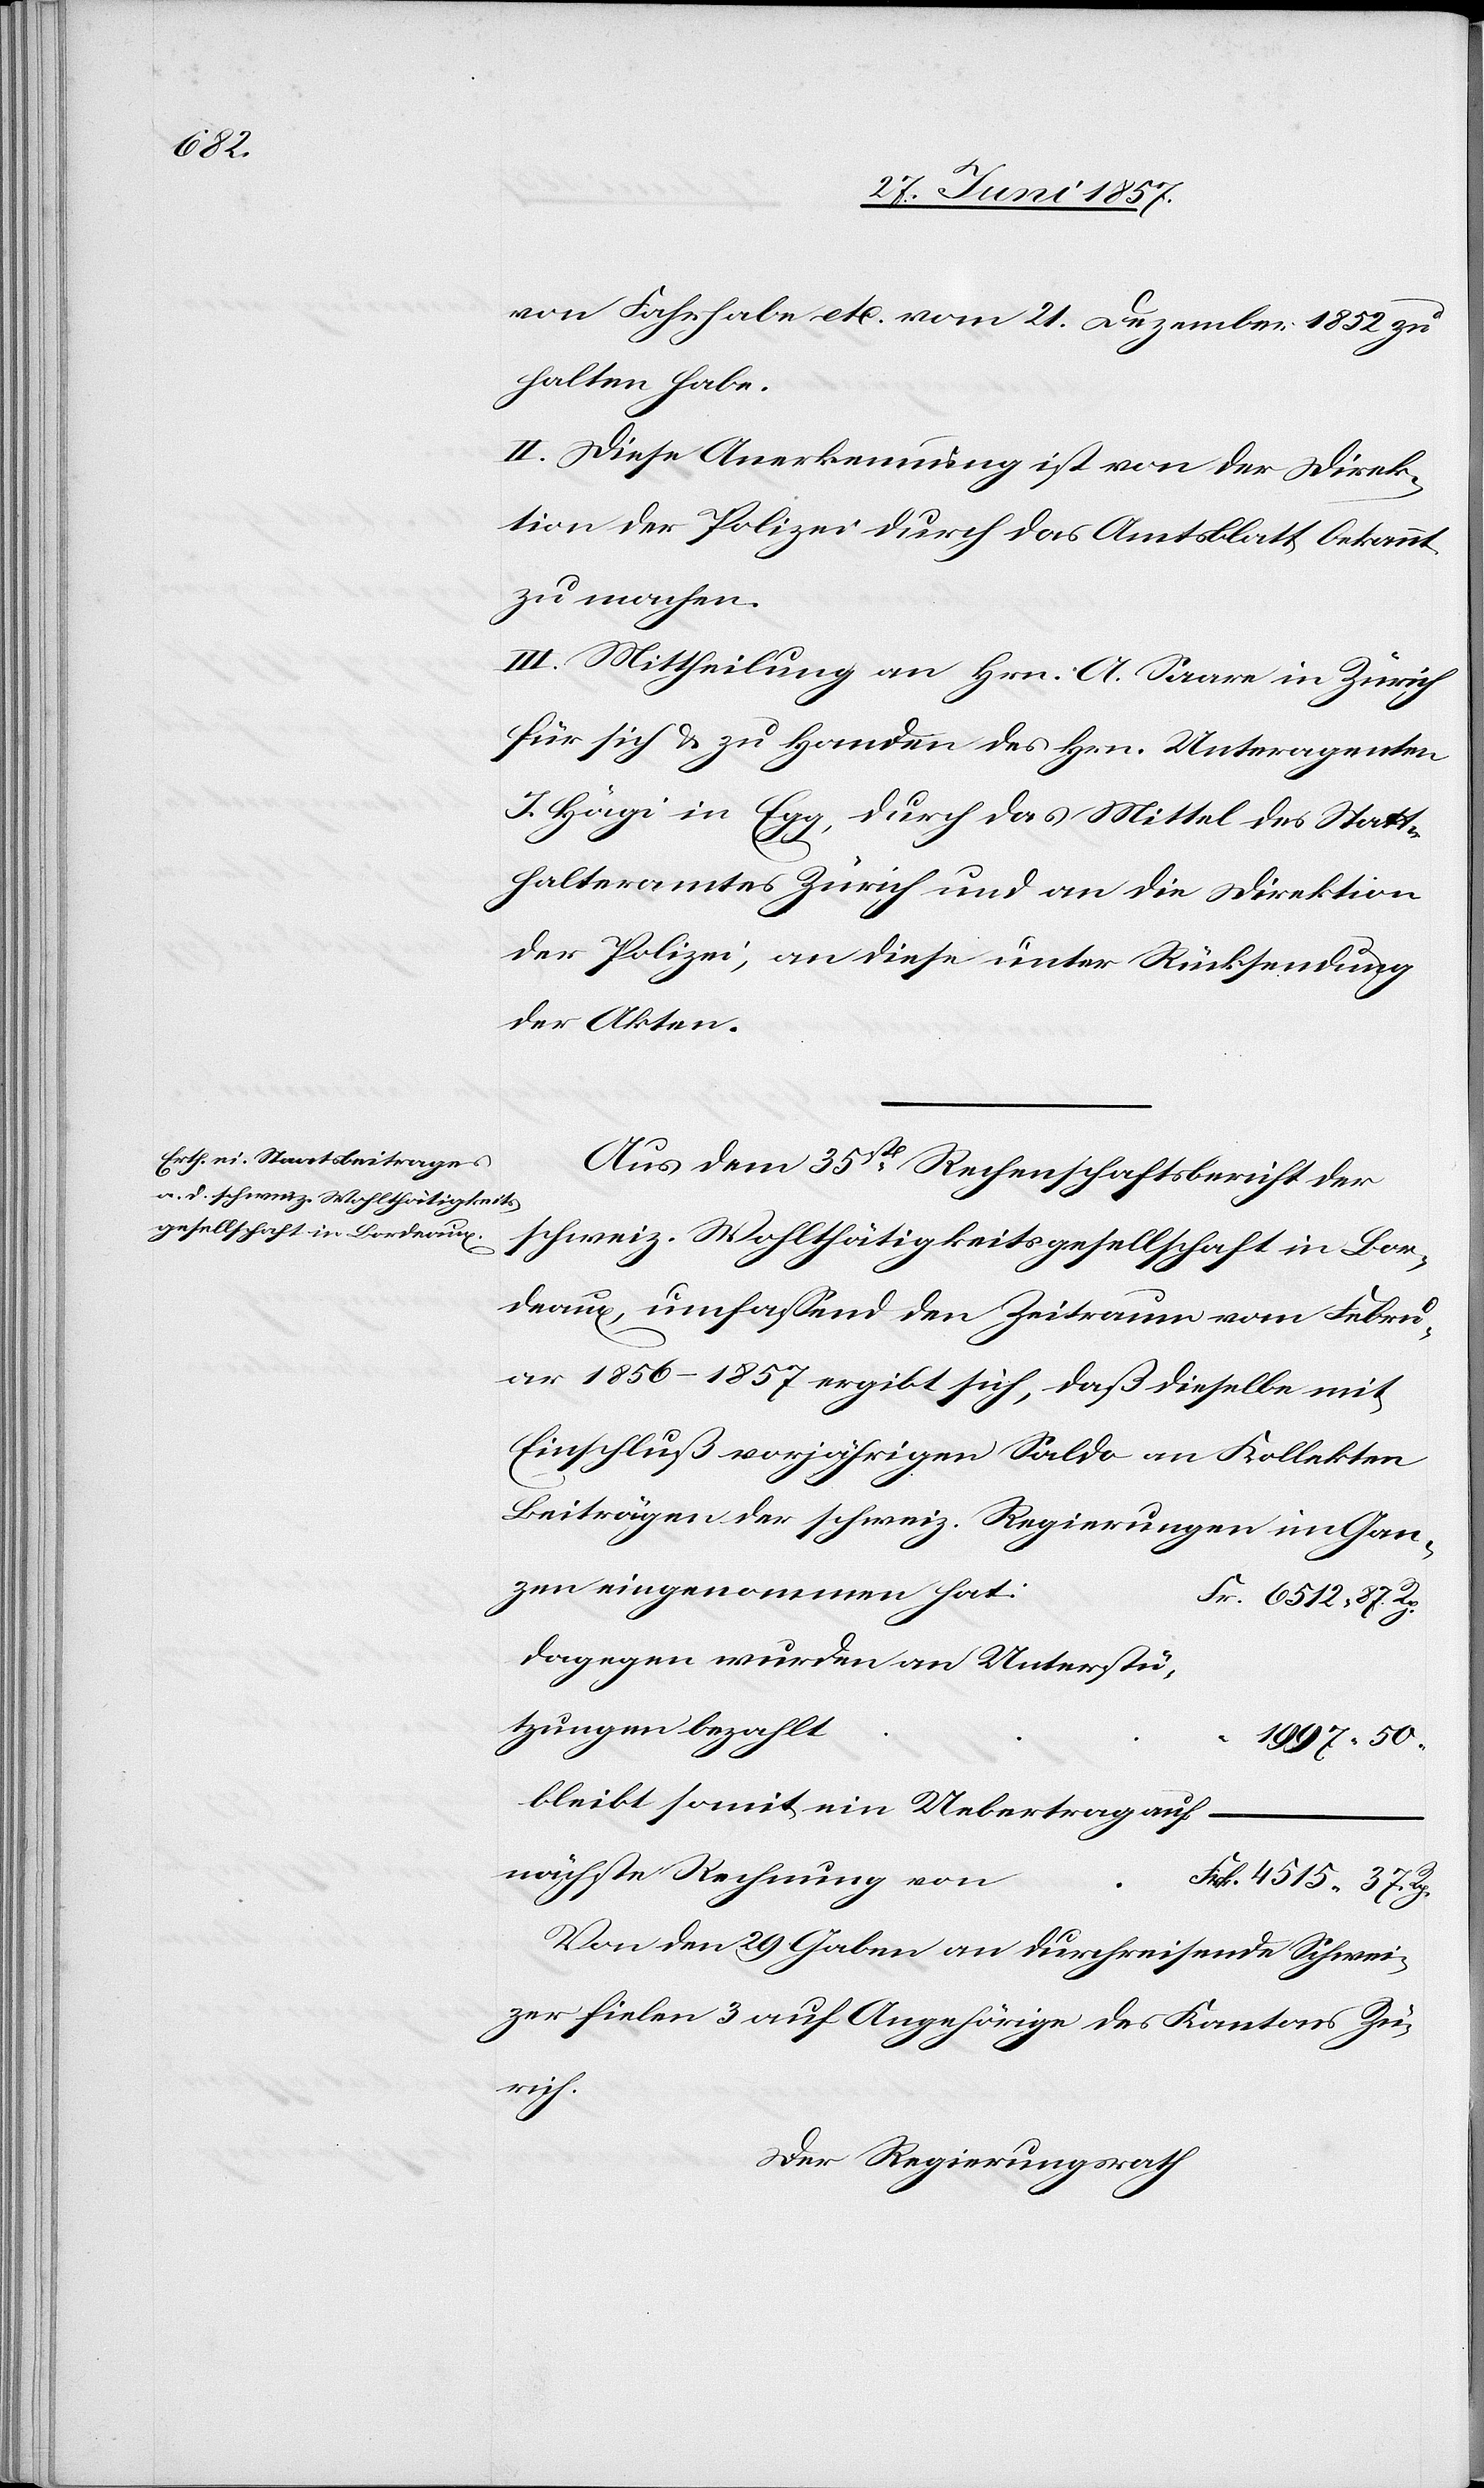
n				F¬

von Fahrhabe etc. vom 21 Dezembr. 1852 zu
halten habe.
II. Diese Anerkennung ist von der Direk¬
tion der Polizei durch das Amtsblatt bekannt
zu machen.
III. Mittheilung an Hrn. A. Saare in Zürich
für sich & zu Handen des Hrn. Unteragenten
J. Hägi in Egg, durch das Mittel des Statt¬
halteramtes Zürich und an die Direktion
der Polizei, an diese unter Rücksendung
der Akten.
Aus dem 35sten Rechenschaftsbericht der
schweiz. Wohlthätigkeitsgesellschaft in Bor¬
deaux, umfassend den Zeitraum vom Febru¬
ar 1856–1857 ergibt sich, daß dieselbe mit
Einschluß vorjährigen Saldo an Kollekten
Beiträgen der schweiz. Regierungen im Gan¬
dagegen wurden an Unterstü¬
1997. 50
bleibt somit ein Uebertrag auf
nächste Rechnung vo¬
rk. 4515. 37 Rp.
Von den 29 Gaben an durchreisende Schwei¬
zer fielen 3 auf Angehörige des Kantons Zü¬
rich.
Der Regierungsrath